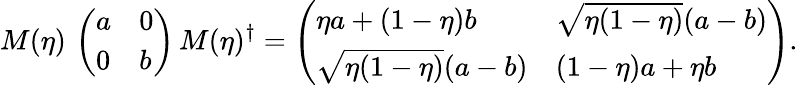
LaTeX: M(\eta)\, \left(\begin{array}{ll}{a}&{0}\\ {0}&{b}\end{array}\right)\, M(\eta)^{\dagger}=\left(\begin{array}{ll}{\eta a+(1-\eta)b}&{\sqrt{\eta(1-\eta)}(a-b)}\\ {\sqrt{\eta(1-\eta)}(a-b)}&{(1-\eta)a+\eta b}\end{array}\right).